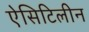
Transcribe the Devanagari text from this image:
ऐसिटिलीन